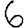
Digit: 6